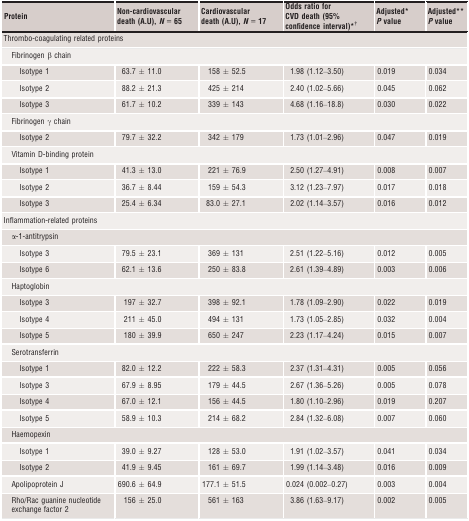
<table><thead><tr><td><b>Protein</b></td><td><b>Non-cardiovascular death (A.U), <i>N</i> = 65</b></td><td><b>Cardiovascular death (A.U), <i>N</i> = 17</b></td><td><b>Odds ratio for CVD death (95% confidence interval)*†</b></td><td><b>Adjusted*<i>P</i> value</b></td><td><b>Adjusted**<i>P</i> value</b></td></tr></thead><tbody><tr><td colspan="6">Thrombo-coagulating related proteins</td></tr><tr><td colspan="6"> Fibrinogen β chain</td></tr><tr><td>Isotype 1</td><td>63.7 ± 11.0</td><td>158 ± 52.5</td><td>1.98 (1.12–3.50)</td><td>0.019</td><td>0.034</td></tr><tr><td>Isotype 2</td><td>88.2 ± 21.3</td><td>425 ± 214</td><td>2.40 (1.02–5.66)</td><td>0.045</td><td>0.062</td></tr><tr><td>Isotype 3</td><td>61.7 ± 10.2</td><td>339 ± 143</td><td>4.68 (1.16–18.8)</td><td>0.030</td><td>0.022</td></tr><tr><td colspan="6"> Fibrinogen γ chain</td></tr><tr><td>Isotype 2</td><td>79.7 ± 32.2</td><td>342 ± 179</td><td>1.73 (1.01–2.96)</td><td>0.047</td><td>0.019</td></tr><tr><td colspan="6"> Vitamin D-binding protein</td></tr><tr><td>Isotype 1</td><td>41.3 ± 13.0</td><td>221 ± 76.9</td><td>2.50 (1.27–4.91)</td><td>0.008</td><td>0.007</td></tr><tr><td>Isotype 2</td><td>36.7 ± 8.44</td><td>159 ± 54.3</td><td>3.12 (1.23–7.97)</td><td>0.017</td><td>0.018</td></tr><tr><td>Isotype 3</td><td>25.4 ± 6.34</td><td>83.0 ± 27.1</td><td>2.02 (1.14–3.57)</td><td>0.016</td><td>0.012</td></tr><tr><td colspan="6">Inflammation-related proteins</td></tr><tr><td colspan="6"> α-1-antitrypsin</td></tr><tr><td>Isotype 3</td><td>79.5 ± 23.1</td><td>369 ± 131</td><td>2.51 (1.22–5.16)</td><td>0.012</td><td>0.005</td></tr><tr><td>Isotype 6</td><td>62.1 ± 13.6</td><td>250 ± 83.8</td><td>2.61 (1.39–4.89)</td><td>0.003</td><td>0.006</td></tr><tr><td colspan="6"> Haptoglobin</td></tr><tr><td>Isotype 3</td><td>197 ± 32.7</td><td>398 ± 92.1</td><td>1.78 (1.09–2.90)</td><td>0.022</td><td>0.019</td></tr><tr><td>Isotype 4</td><td>211 ± 45.0</td><td>494 ± 131</td><td>1.73 (1.05–2.85)</td><td>0.032</td><td>0.004</td></tr><tr><td>Isotype 5</td><td>180 ± 39.9</td><td>650 ± 247</td><td>2.23 (1.17–4.24)</td><td>0.015</td><td>0.007</td></tr><tr><td colspan="6"> Serotransferrin</td></tr><tr><td>Isotype 1</td><td>82.0 ± 12.2</td><td>222 ± 58.3</td><td>2.37 (1.31–4.31)</td><td>0.005</td><td>0.056</td></tr><tr><td>Isotype 3</td><td>67.9 ± 8.95</td><td>179 ± 44.5</td><td>2.67 (1.36–5.26)</td><td>0.005</td><td>0.078</td></tr><tr><td>Isotype 4</td><td>67.0 ± 12.1</td><td>156 ± 44.5</td><td>1.80 (1.10–2.96)</td><td>0.019</td><td>0.207</td></tr><tr><td>Isotype 5</td><td>58.9 ± 10.3</td><td>214 ± 68.2</td><td>2.84 (1.32–6.08)</td><td>0.007</td><td>0.060</td></tr><tr><td colspan="6"> Haemopexin</td></tr><tr><td>Isotype 1</td><td>39.0 ± 9.27</td><td>128 ± 53.0</td><td>1.91 (1.02–3.57)</td><td>0.041</td><td>0.034</td></tr><tr><td>Isotype 2</td><td>41.9 ± 9.45</td><td>161 ± 69.7</td><td>1.99 (1.14–3.48)</td><td>0.016</td><td>0.009</td></tr><tr><td> Apolipoprotein J</td><td>690.6 ± 64.9</td><td>177.1 ± 51.5</td><td>0.024 (0.002–0.27)</td><td>0.003</td><td>0.004</td></tr><tr><td> Rho/Rac guanine nucleotide exchange factor 2</td><td>156 ± 25.0</td><td>561 ± 163</td><td>3.86 (1.63–9.17)</td><td>0.002</td><td>0.005</td></tr></tbody></table>